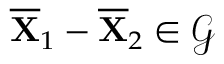
\overline { { \mathbf { X } } } _ { 1 } - \overline { { \mathbf { X } } } _ { 2 } \in \mathcal { G }